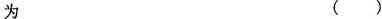
为 ( )